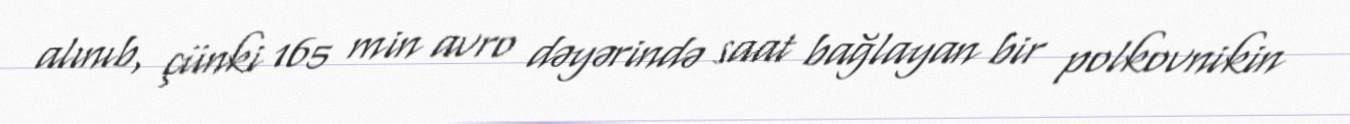
alınıb, çünki 165 min avro dəyərində saat bağlayan bir polkovnikin